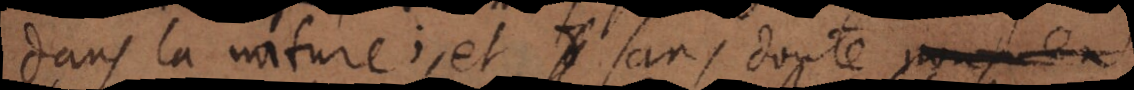
dans la nature, et sans doute, nous